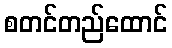
စတင်တည်ထောင်